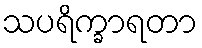
သပရိက္ခာရတာ